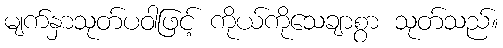
မျက်နှာသုတ်ပဝါဖြင့် ကိုယ်ကိုသေချာစွာ သုတ်သည်။